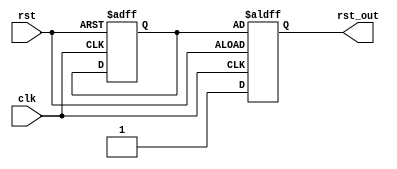
module reset1(
    input clk,rst,
    output reg rst_out
);
    reg rst_reg;
    always@(posedge clk or negedge rst)begin
        if(rst)
            rst_out<=1;
        else begin
            rst_reg<=0;
            rst_out<=rst_reg;
        end
    end
endmodule